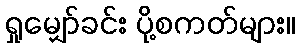
ရှုမျှော်ခင်း ပို့စကတ်များ။